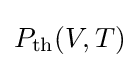
P_{\text{th}}(V,T)